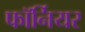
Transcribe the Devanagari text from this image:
फॉर्नियर